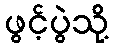
ဖွင့်ပွဲသို့